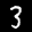
Label: 3